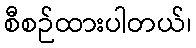
စီစဉ်ထားပါတယ်၊